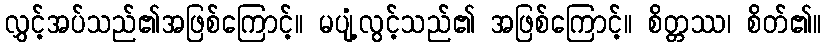
လွှင့်အပ်သည်၏အဖြစ်ကြောင့်။ မပျံ့လွင့်သည်၏ အဖြစ်ကြောင့်။ စိတ္တဿ၊ စိတ်၏။